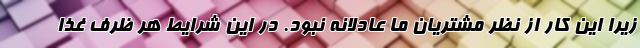
زیرا این کار از نظر مشتریان ما عادلانه نبود. در این شرایط هر ظرف غذا